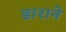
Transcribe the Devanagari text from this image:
डाराने